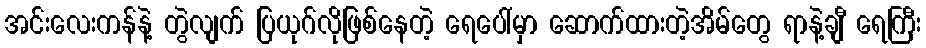
အင်းလေးကန်နဲ့ တွဲလျက် ပြယုဂ်လိုဖြစ်နေတဲ့ ရေပေါ်မှာ ဆောက်ထားတဲ့အိမ်တွေ ရာနဲ့ချီ ရေကြီး